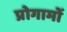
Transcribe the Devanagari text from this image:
प्रोगामों